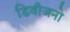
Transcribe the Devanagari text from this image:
डिवीजनो